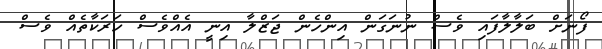
ފޯނަށް ބަލާލާފައި ވެސް ނުނަގަން އިންހެން ޖަޒްލާ އިނީ އެއްވެސް ހަރަކާތެއް ވެސް